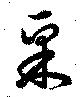
采